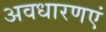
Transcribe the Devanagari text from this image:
अवधारणएं